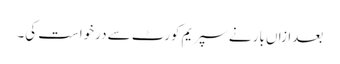
بعدازاں بار نے سپریم کورٹ سے درخواست کی۔